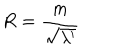
LaTeX: R = { \frac { m } { \sqrt { \lambda ^ { \prime } } } }